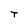
Character: T